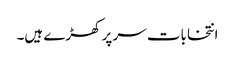
انتخابات سر پر کھڑے ہیں۔